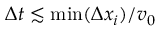
\Delta t \lesssim \mathrm { m i n } ( \Delta x _ { i } ) / v _ { 0 }